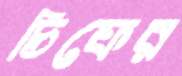
চিফের